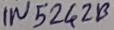
Text: IN5242B